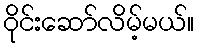
ဝိုင်းဆော်လိမ့်မယ်။